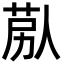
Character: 𦯴